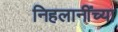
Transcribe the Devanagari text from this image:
निहलानींच्या